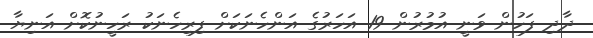
ދާދި ފަހުން ވަނީ އުމުރުން 19 އަހަރުގެ އަންހެނަކަށް ފިރިހެނަކު ރަހީނުކޮށް އަނިޔާ